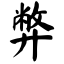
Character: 弊